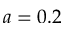
a = 0 . 2